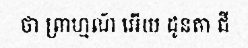
ថា ព្រាហ្មណ៍ អើយ ដូនតា ជី